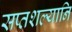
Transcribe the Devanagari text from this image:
सप्तशल्यानि